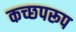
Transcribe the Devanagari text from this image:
कच्छपरूप